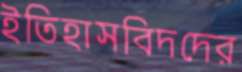
ইতিহাসবিদদের